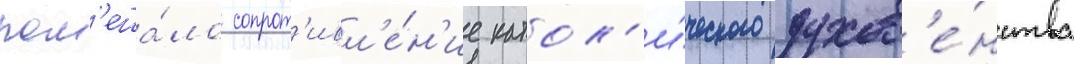
пом'еша́ло сопрот'ивл'е́н'ие катол'и́ческого духов'е́нства